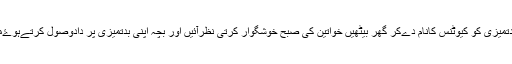
بچے سے غصے اور بدتمیزی کو کیوٹنس کانام دےکر گھر بیٹھیں خواتین کی صبح خوشگوار کرتی نظرآئیں اور بچہ اپنی بدتمیزی پر دادوصول کرتےہوۓمزید جوہر دکھانے لگا ۔